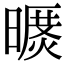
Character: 𣊥